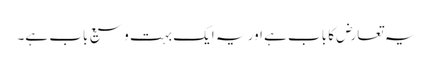
یہ تعارض کا باب ہے اور یہ ایک بہت وسیع باب ہے۔